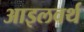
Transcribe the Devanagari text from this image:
आइलवर्थ